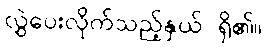
လွှဲပေးလိုက်သည့်နှယ် ရှိ၏။